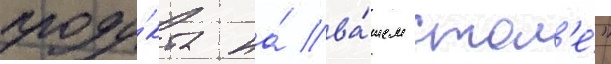
проду́кта на́ ва́шем стол'е́"